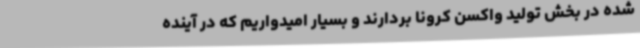
شده در بخش تولید واکسن کرونا بردارند و بسیار امیدواریم که در آینده